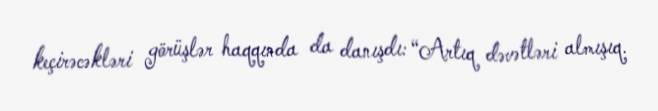
keçirəcəkləri görüşlər haqqında da danışdı: “Artıq dəvətləri almışıq.